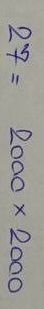
27 = 2000 x 2000